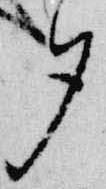
夕